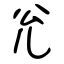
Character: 兊